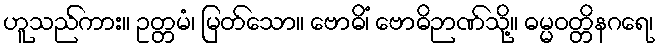
ဟူသည်ကား။ ဥတ္တမံ၊ မြတ်သော။ ဗောဓိံ၊ ဗောဓိဉာဏ်သို့။ ဓမ္မဝတ္တိနဂရေ၊